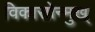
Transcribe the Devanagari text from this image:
विकासोन्मुख्